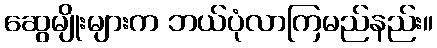
ဆွေမျိုးများက ဘယ်ပုံလာကြမည်နည်း။